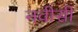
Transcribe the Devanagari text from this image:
नवीसी